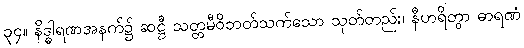
၃၄။ နိဒ္ဓါရဏအနက်၌ ဆဋ္ဌီ သတ္တမီဝိဘတ်သက်သော သုတ်တည်း၊ နီဟရိတွာ ဓာရဏံ